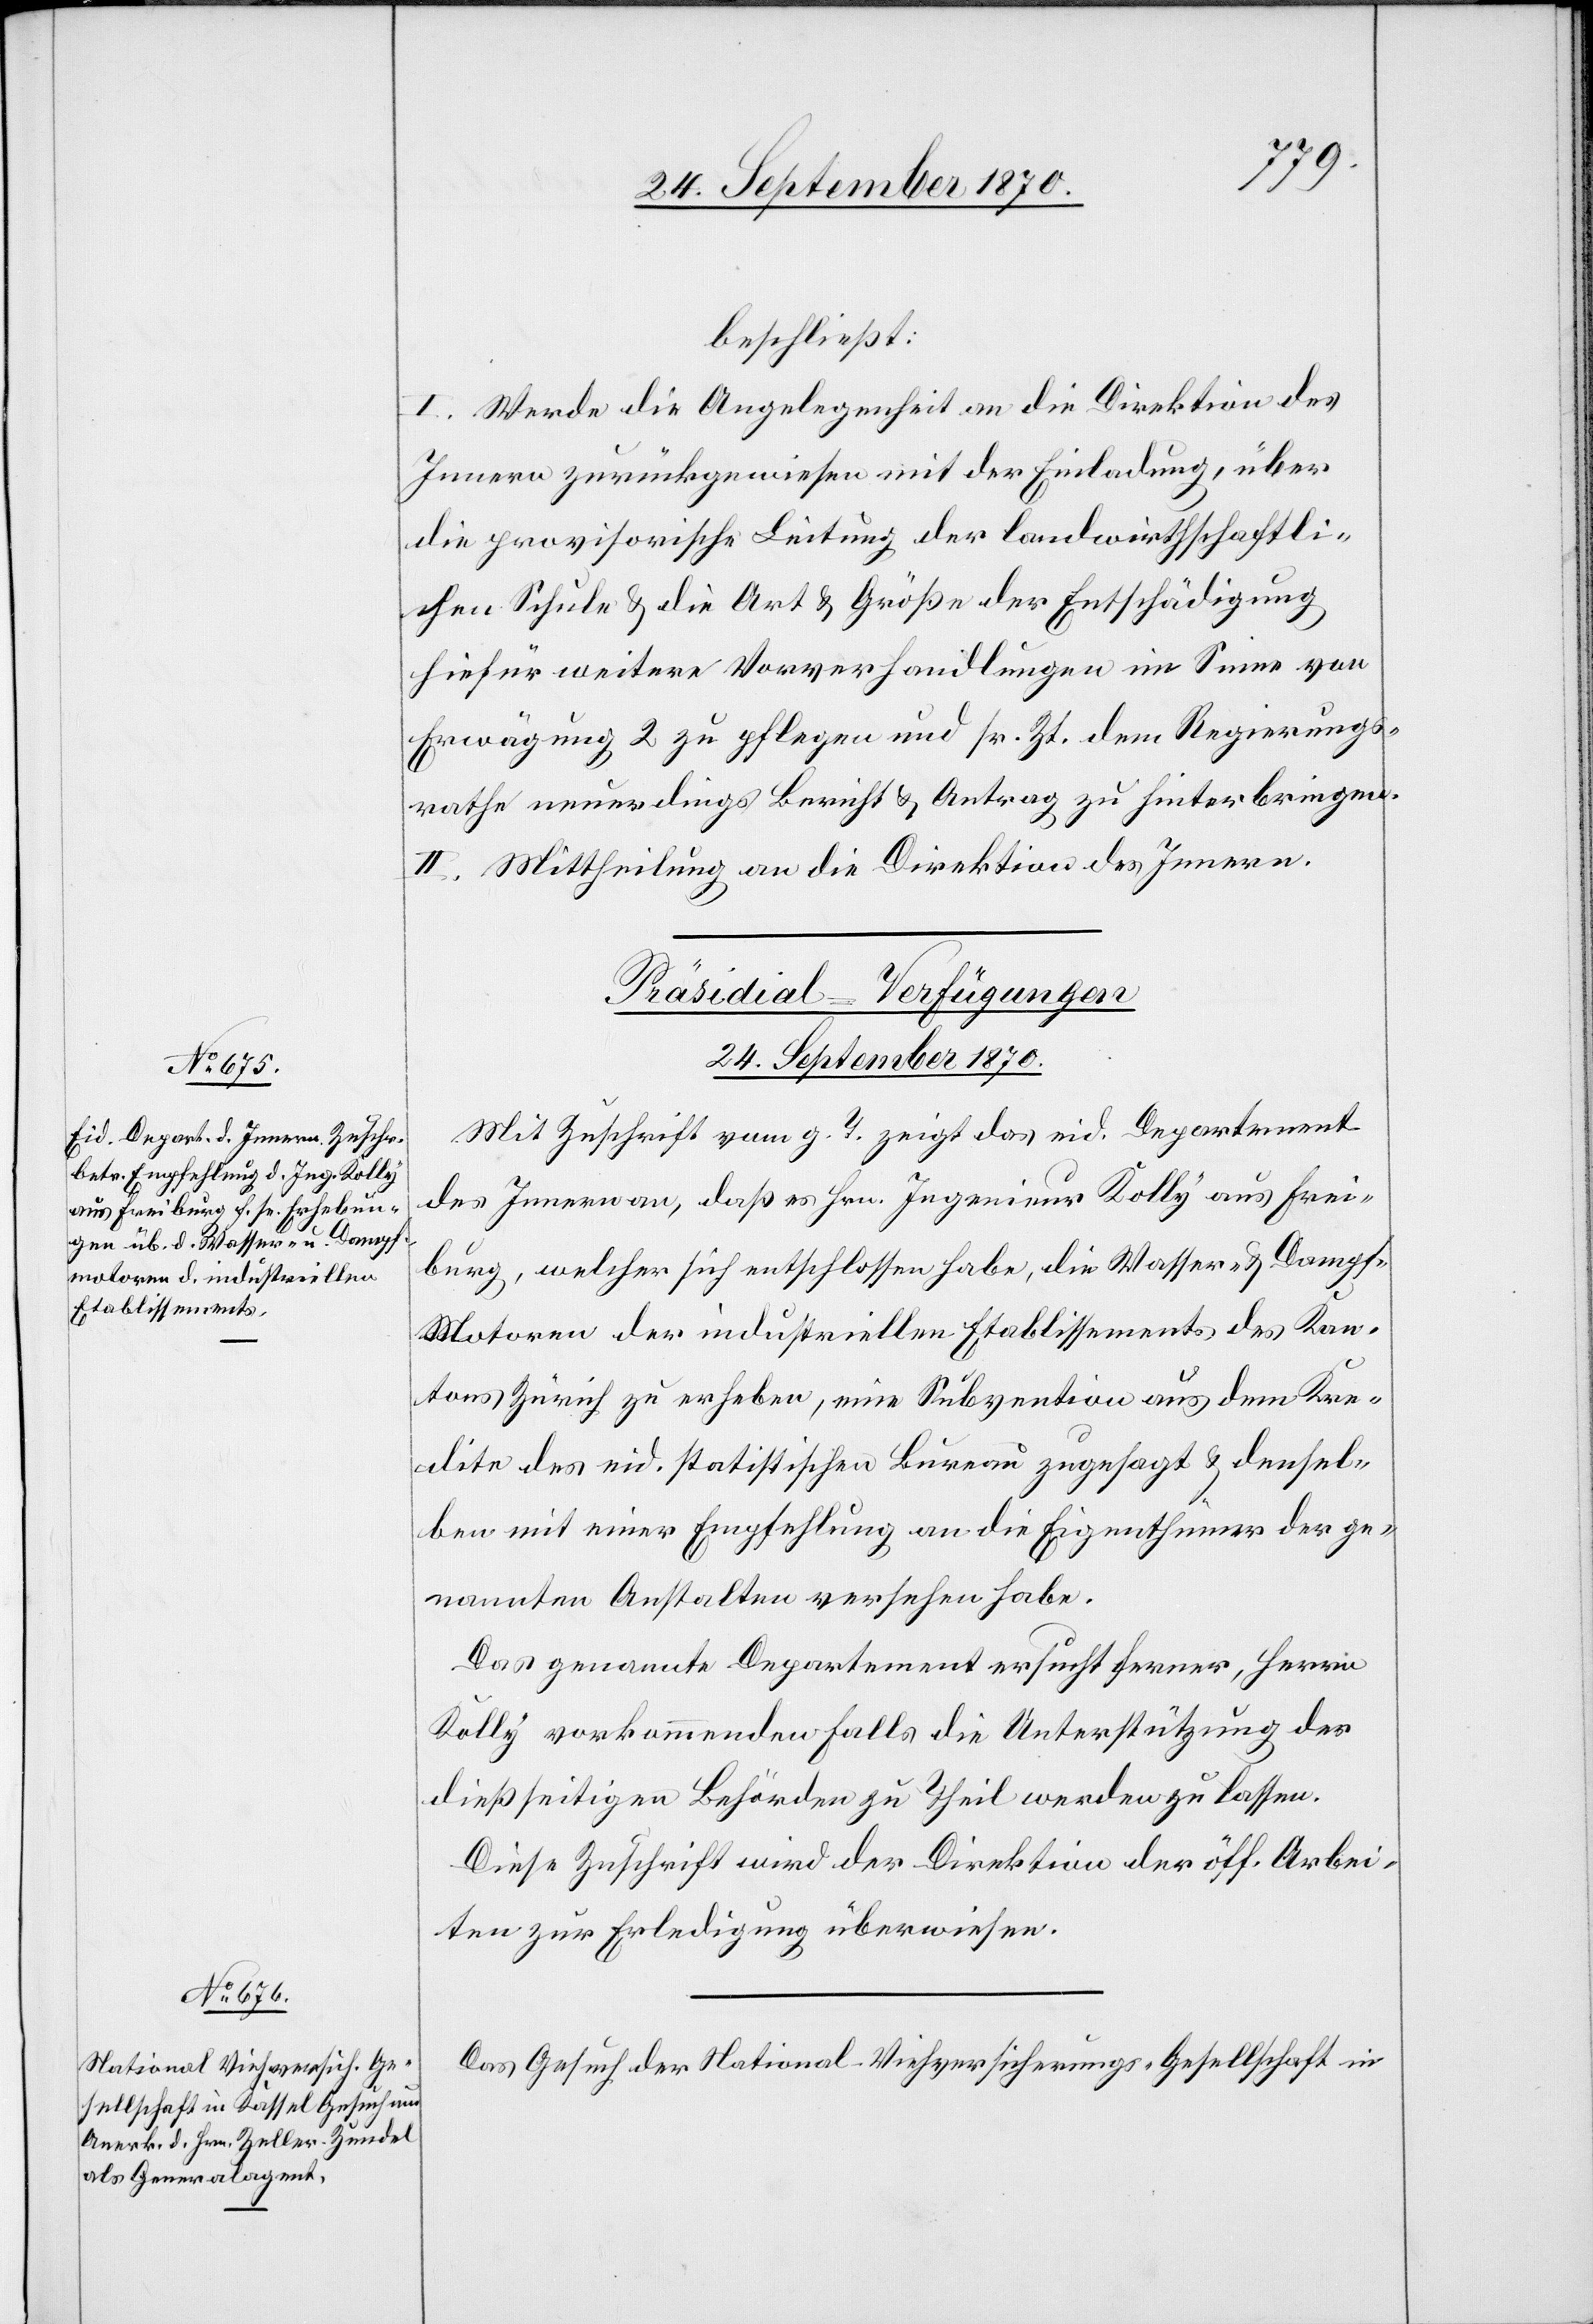
beschließt:
I. Werde die Angelegenheit an die Direktion des
Innern zurückgewiesen mit der Einladung, über
die provisorische Leitung der landwirthschaftli¬
chen Schule & die Art & Größe der Entschädigung
hiefür weitere Vorverhandlungen im Sinne von
Erwägung 2 zu pflegen und sr. Zt. dem Regierungs¬
rathe neuerdings Bericht & Antrag zu hinterbringen.
II. Mittheilung an die Direktion des Innern.
[Präsidial-Verfügungen
24. September 1870.]
Mit Zuschrift vom g. T. zeigt das eid. Departement
des Innern [an], daß es Hrn. Ingenieur Kolly aus Frei¬
burg, welcher sich entschlossen habe, die Wasser- & Dampf-M¬
otoren der industriellen Etablissements des Kan¬
tons Zürich zu erheben, eine Subvention aus dem Kre¬
dite des eid. statistischen Bureau zugesagt & densel¬
ben mit einer Empfehlung an die Eigenthümer der ge¬
nannten Anstalten versehen habe.
Das genannte Departement ersucht ferner, Herrn
Kolly vorkommenden Falls die Unterstützung der
dießseitigen Behörden zu Theil werden zu lassen.
Diese Zuschrift wird der Direktion der öff. Arbei¬
ten zur Erledigung überwiesen.
Das Gesuch der National-Viehversicherungs-Gesellschaft in